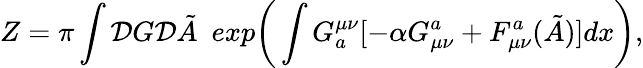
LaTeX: Z=\pi\int{\cal D}G{\cal D}\tilde{A}~~exp\bigg(\int G_{a}^{\mu\nu}[-\alpha G_{\mu\nu}^{a}+F_{\mu\nu}^{a}(\tilde{A})]dx\bigg),